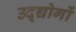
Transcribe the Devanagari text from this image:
उद्द्योगों